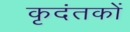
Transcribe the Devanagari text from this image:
कृदंतकों